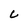
Character: C